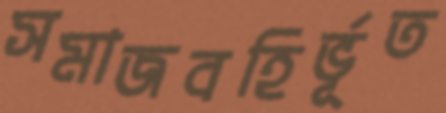
সমাজবহির্ভূত